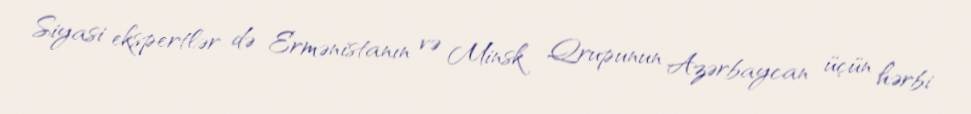
Siyasi ekspertlər də Ermənistanın və Minsk Qrupunun Azərbaycan üçün hərbi